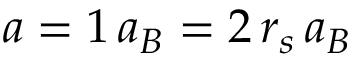
a = 1 \, a _ { B } = 2 \, r _ { s } \, a _ { B }